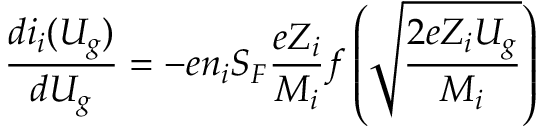
{ \frac { d i _ { i } ( U _ { g } ) } { d U _ { g } } } = - e n _ { i } S _ { F } { \frac { e Z _ { i } } { M _ { i } } } f \left( { \sqrt { \frac { 2 e Z _ { i } U _ { g } } { M _ { i } } } } \right)